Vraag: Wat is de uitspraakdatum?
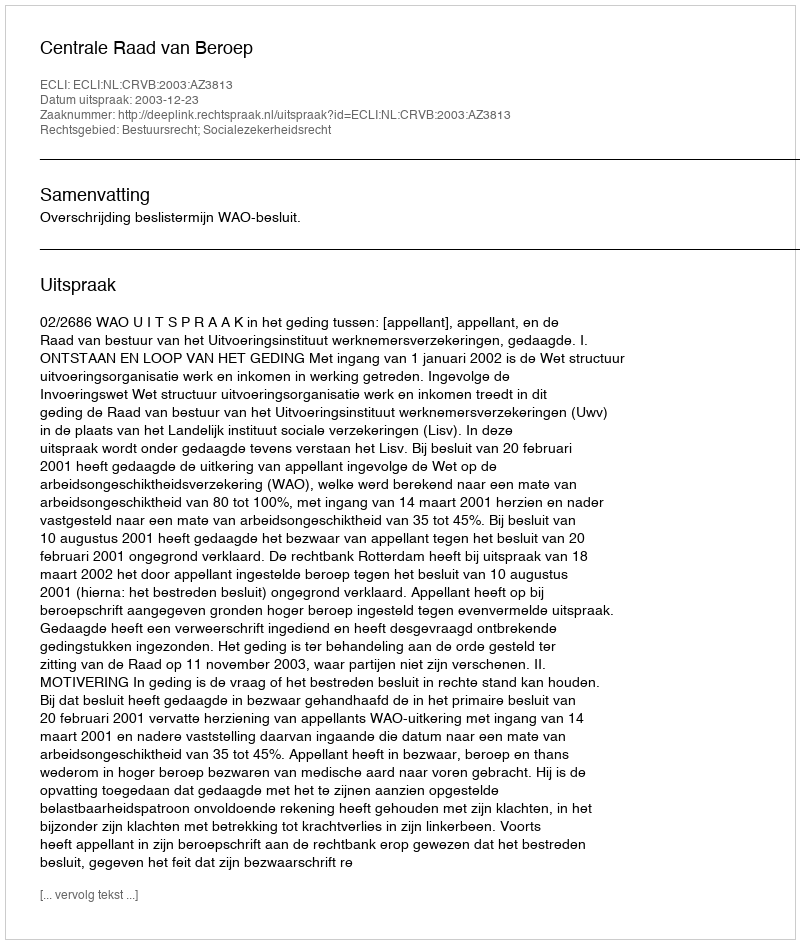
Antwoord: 2003-12-23